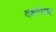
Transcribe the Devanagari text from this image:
दर्शास्पद